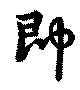
即